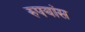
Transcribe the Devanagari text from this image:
रुपयांस